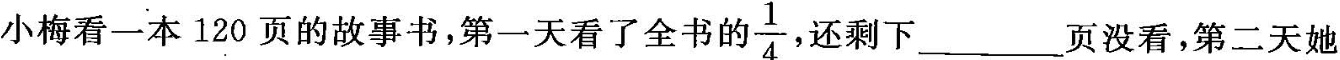
10.小梅看一本120页的故事书，第一天看了全书的\frac{1}{4}还剩下___页没看，第二天她